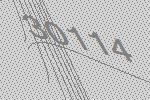
30114